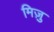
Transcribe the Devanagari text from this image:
मिज़ु